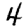
Digit: 4